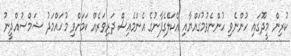
ކުރިން މީދޫގައި ހުންނެވި ހުންނެވުމުގައްޔާއި އެކަލޭގެފާނުގެ އެންމެއިސް ދަރިވަރެއް ކަމަށްވި މުހައްމަދު ޝަމްސުއްދީނު